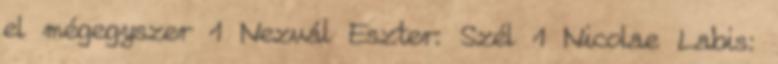
el mégegyszer 1 Nezvál Eszter: Szél 1 Nicolae Labis: